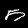
Digit: 5